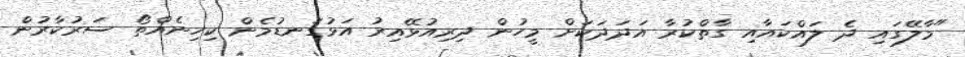
"މާލޭގައި ދެ ލައްކައާއި ގާތްކުރާ އަދަދަކަށް މީހުން ދިރިއުޅޭއިރު އަޅުގަނޑުމެން ކިިހިނެއްތޯ ސަރުކާރުން